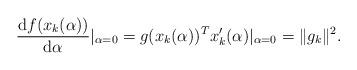
LaTeX: \begin{align*}\frac{\mbox{d}f(x_k(\alpha))}{\mbox{d}\alpha} |_{\alpha=0}=g(x_k(\alpha))^Tx_k'(\alpha)|_{\alpha=0}=\|g_k\|^2.\end{align*}